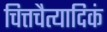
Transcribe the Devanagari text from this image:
चित्तचैत्यादिकं